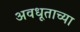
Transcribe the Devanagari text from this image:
अवधूताच्या